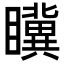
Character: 𭿮